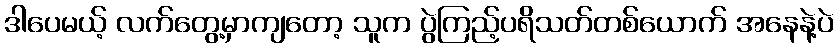
ဒါပေမယ့် လက်တွေ့မှာကျတော့ သူက ပွဲကြည့်ပရိသတ်တစ်ယောက် အနေနဲ့ပဲ